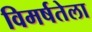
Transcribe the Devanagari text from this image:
विमर्षतेला